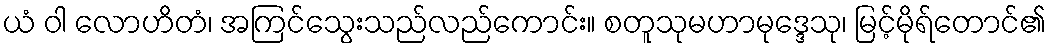
ယံ ဝါ လောဟိတံ၊ အကြင်သွေးသည်လည်ကောင်း။ စတူသုမဟာမုဒ္ဒေသု၊ မြင့်မိုရ်တောင်၏